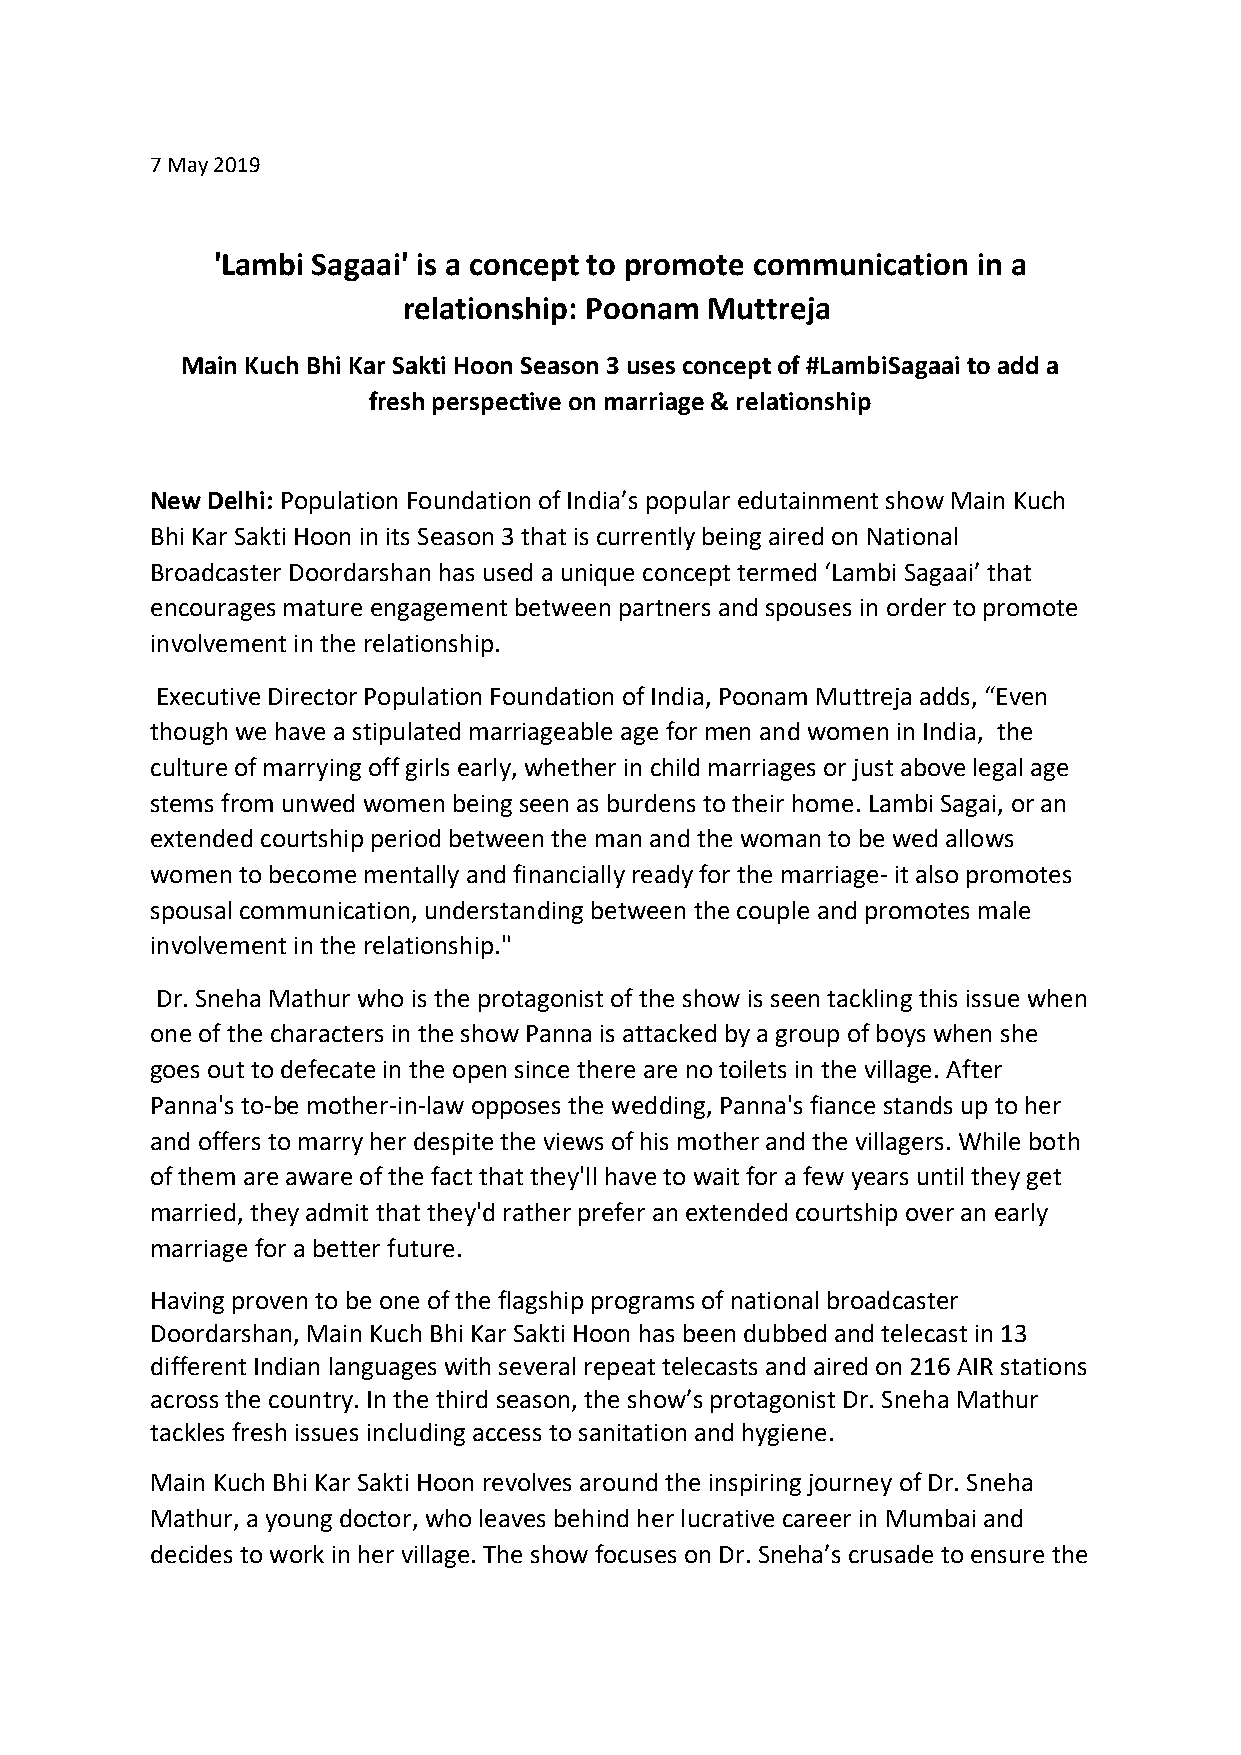
7 May 2019
 'Lambi Sagaai' is a concept to promote communication in a
 relationship: Poonam Muttreja
 Main Kuch Bhi Kar Sakti Hoon Season 3 uses concept of #LambiSagaai to add a
 fresh perspective on marriage & relationship
 New Delhi: Population Foundation of India’s popular edutainment show Main Kuch
 Bhi Kar Sakti Hoon in its Season 3 that is currently being aired on National
 Broadcaster Doordarshan has used a unique concept termed ‘Lambi Sagaai’ that
 encourages mature engagement between partners and spouses in order to promote
 involvement in the relationship.
 Executive Director Population Foundation of India, Poonam Muttreja adds, “Even
 though we have a stipulated marriageable age for men and women in India, the
 culture of marrying off girls early, whether in child marriages or just above legal age
 stems from unwed women being seen as burdens to their home. Lambi Sagai, or an
 extended courtship period between the man and the woman to be wed allows
 women to become mentally and financially ready for the marriage- it also promotes
 spousal communication, understanding between the couple and promotes male
 involvement in the relationship."
 Dr. Sneha Mathur who is the protagonist of the show is seen tackling this issue when
 one of the characters in the show Panna is attacked by a group of boys when she
 goes out to defecate in the open since there are no toilets in the village. After
 Panna's to-be mother-in-law opposes the wedding, Panna's fiance stands up to her
 and offers to marry her despite the views of his mother and the villagers. While both
 of them are aware of the fact that they'll have to wait for a few years until they get
 married, they admit that they'd rather prefer an extended courtship over an early
 marriage for a better future.
 Having proven to be one of the flagship programs of national broadcaster
 Doordarshan, Main Kuch Bhi Kar Sakti Hoon has been dubbed and telecast in 13
 different Indian languages with several repeat telecasts and aired on 216 AIR stations
 across the country. In the third season, the show’s protagonist Dr. Sneha Mathur
 tackles fresh issues including access to sanitation and hygiene.
 Main Kuch Bhi Kar Sakti Hoon revolves around the inspiring journey of Dr. Sneha
 Mathur, a young doctor, who leaves behind her lucrative career in Mumbai and
 decides to work in her village. The show focuses on Dr. Sneha’s crusade to ensure the